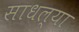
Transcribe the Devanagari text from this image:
साधल्या